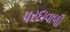
પરદાવાળી